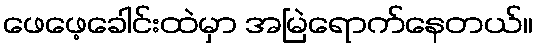
ဖေဖေ့ခေါင်းထဲမှာ အမြဲရောက်နေတယ်။